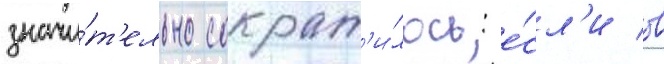
значи́т'ельно сократ'и́лось: е́сл'и в